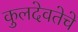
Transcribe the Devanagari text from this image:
कुलदेवतेचे